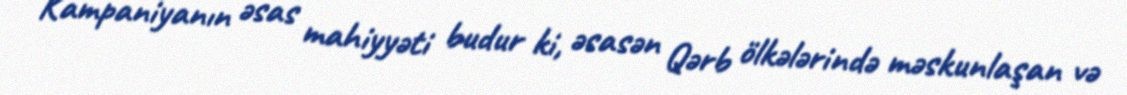
Kampaniyanın əsas mahiyyəti budur ki, əsasən Qərb ölkələrində məskunlaşan və